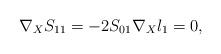
LaTeX: \begin{align*}\nabla_{X}S_{11}=-2S_{01}\nabla_{X}l_{1}=0,\end{align*}